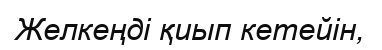
Желкеңді қиып кетейін,